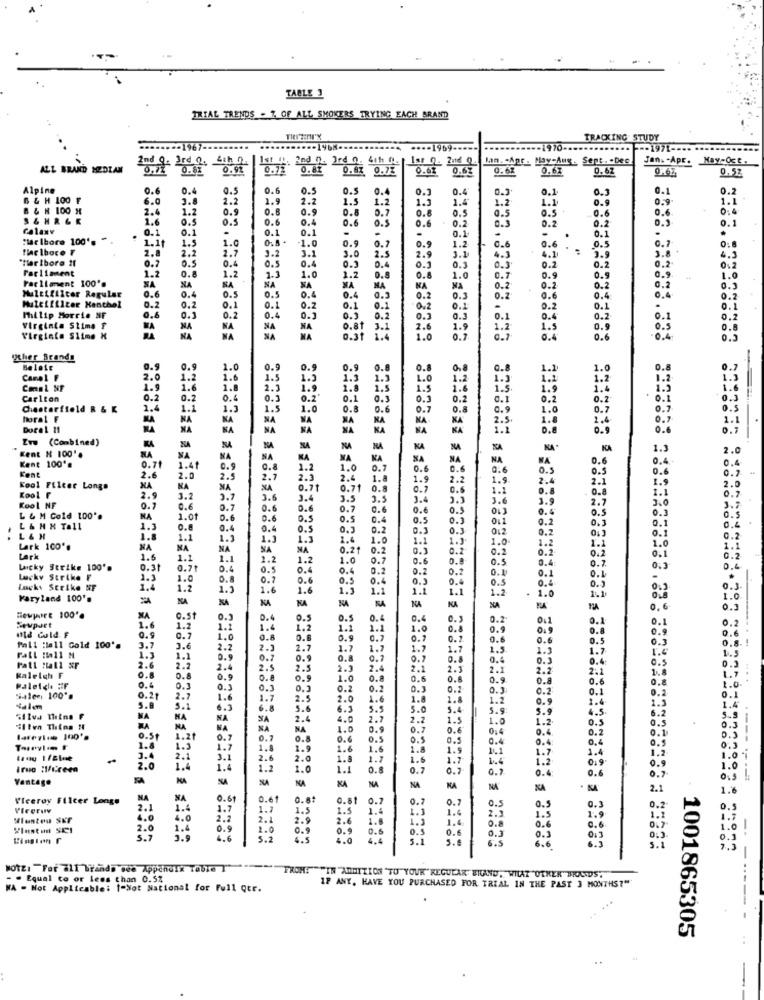
TABLE 3
TRIAL TRENDS . 7 OF ALL SMOKERS TRYING EACH BRAND
TREENI'X
TRACKING STUDY
.......- 1967 ----
...- 1969 --
--- 1971 -***
Man. . Apr . May-Aug - Sept. . Dec
Jan. - Apr. May-Oct.
ALL BRAND MEDLAN
2nd 9. 3rd 2. 21h 2
0.72
0.72
0.67
0.63 0.63
0.63
0.62
0.67
0.62
0.67
0.52
Alpine
0.6
0.4
0.3
0.6
0.5
0.5
0.4
0.3
0.4
0.1
0.1
0.2
6 & H 100 F
6.0
3.8
2.2
1.9
2.2
1.5
1.2
1.3
1.4
1.2
1.1
1.1
B & H 100 H
2.4
1.2
0.9
0.9
0.8
0.7
0.8
0.5
0.5
0.5
0.6
0:4
S& HRGE
1.6
0.5
0.5
0.6
0.4
0.6
O.S
0.6
0.2
0.3
0.2
0.2
0.1
Calaxv
0.1
0.1
0.1
.
0.1
0.1
"Mar Ibore 100's
1.1
0.1
1.5
-1.0
0.9
.
0.9
1.2
-
.
0.5
0.7
flac lhoce F
2.8
1.0
3.0
0.7
2.9
1.1
0.6
0.6
4.1
3.9
3.8
"Marlboro If
0.2
2.2
0.5
2.7
0.4
3.2
0.5
3.
2.5
0.1
4.3
0.2
4.1
Parliament
1.2
0.8
0.4
0.3
0.4
0.3
0.2
0.2
0.2
Parliament 100's
1.2
1.3
1.0
1.2
0.8
0.8
1.0
0.7
0.9
0.5
0.9
1.0
NA
0.6
NA
SA
NA
0.5
NA
MA
MA
MA
MA
0.2
0.2
0.2
0.2
0.3
Multifilter Regular
Muleifilter Menthol
0.4
0.5
0.4
0.4
0.9
0.2
0.3
0.2
0.6
0.4
0.4
0.2
0.2
0,2
0.1
0.1
0.2
0.1
0.1
0.2
0.1
-
0.2
0.1
0.1
Philip Morris NF
0.6
0.3
0.2
0.4
0.3
0.3
0.2
0.3
0.1
0.1
0.4
0.2
0.1
0.2
Virginia Stima T
WA
NA
SA
o.8t
3.1
2.6
1.9
1.2
1.5
0.9
0.8
Virginie Slime X
NA
NA
NA
0.31 1.4
1.0
0.7
0.4
0.6
0.4
0.5
Rher Brands
Balaie
0.9
0.9
1.0
0.9
0.9
0.9
0.8
0.8
1.1
1.0
0.8
0.7
Camel F
-
2.0
1.2
1.6
1.5
1.2
1.3
1.3
1.0
1.2
1.3
1.2
1.2
1.2
1.3
Conal NF
1.9
1.6
1.8
1.9
1.8
1.5
1.5
1.6
1.5.
1.9
1.6
1.2
1.6
Carlton
0.2
0.2
0.4
0.
0.2
0.1
0.3
0.3
0.2
0.1
0.2
0.7
$0.1
0.3
Chesterfield R & K
1.4
1.1
1.3
1.5
1.0
0.8
0.6
0.7
0.8
0.9
1.0
0.7
0.7
O.S
horal F
NA
NA
NA
NA
NA
KA
NA
KA
2.5.
1.8
2.4
0.7
1.1
Dorel 11
NA
NA
NA
KA
NA
KA
1.1
0.8
0.9
0.7
Evw (Combined)
Kent N 100".
NA
NA
NA
NA
NA
KA
NA'
KA
1.3
2.0
Kent 100's
NA
MA
NA
KA
NA
KA
NA
NA
NA
WA
0.6
0.4
0.4
Kent
0.71
1.44
0.9
0.8
1.2
1.0
0.1
0.6
0.6
0.5
0.5
0.6
0.2.
2.6
2.0
2.5
2.7
2.3
2.4
1.8
1.9
2.2
1.9
2.4
2.1
1.9
Kool Fileer Longa
NA
NA
NA
NA
0.71
0.71
0.8
0.1
0.6
1.1
0.8
0.8
2.0
0.7
Koo1 F
2.9
3.2
2.1
3.6
3.4
3.5
3.5
3.
3.6
1.9
2.7
1.1
3.0
Kool NF
0.7
0.6
0.6
0.6
0.7
0.6
0.6
0.3
013
0.5
0.3
3.7
L & M Cold 100".
NA
1.01
0.6
0.6
0.5
0.5
0.4
0.5
0.3
011
0.2
0.3
0.5
L & H X Tall
1.3
O.
0.4
0.4
0.5
0.3
0.2
0.3
0.3
012
0.2
0.1
0.1
0.4
L & H
1.8
1.1
1.2
1.3
1.3
1.6
1.0
1.
1.1
1.0
1.2
1.1
Lark 100'.
NA
NA
NA
NA
NA
0.21
0.2
0.1
0.2
0.2
0.2
0.2
0.1
1.0
1.1
Lark
1.6
1.1
1.1
2.2
1.2
1.0
0.7
0.6
0.8
0.5
0.4
0.2
0.
Lucky Strike 100 *.
0.31
0.71
0.4
0.5
0.4
0.4
0.2
0.2
0.2
0.11
0.1
0.1
0.4
Lucky Strike F
1.3
1.0
0.
0.7
0.6
0.5
0.
0.3
0.
0.
0.4
.
lucky Strike NF
1.4
1.2
1.1
1.6
1.6
1.2
1.1
1.1
1.1
1.
1.0
0.2
0.3
Maryland 100's
KA
KA
NA
MA
1.0
NA
0, 6
0.3
newport 100'.
NA
1.6
0.5t
0.
0.
0.5
0.
0.4
0.4
0.
0.2
0.1
0.1
0.1
0.2
Seupart
uld cold. F
1.2
1.
1.
1.2
1.2
1.1
1.0
0.
0.9
0.8
0.9
0.6
Q. S
1.0
0.8
0.6
0.9
0.7
0.7
0.2
0.6
0.6
0.5
0.3
0.8.
Fall Hall Gold 100'.
3.7
3.€
2.2
2.1
2.7
1.7
1.7
1.7
1.7
1.5
1.
1.7
1.6
1.5
1.1
0.9
0.2
0.9
0.8
0.
0.7
0.8
0.
0.3
0.4
O.S
Pall Mall xr
2.6
O ..
2.2
2.
2.5
2.5
2.)
2.4
2.
2.1
2.1
2.2
2.1
1.8
Kaleigh F
0.8
0.9
o.8
0.9
1.0
0.8
0.6
0.8
0.9
0.8
0.6
0.8
1.7
Paletgle #F
-
0.
0.2
0.3
0.3
0.2
0.2
0.3
0.2
0.3
0.2
0.1
0.2.
1.0
"ilem, 100".
0.21
2.
1.6
1.7
2.5
2.0
1.6
1.8
1.8
1.2
1.4
1.3
0.1
5.8
5.1
6.3
6.8
5.6
6.3
5.5
3.0
5.4
5.9
5.9
4.5
6.2
1.4
NA
NA
NA
SA
2.4
4.0
2.7
2.2
1.5
1.0
1.2
0.5
0.5
ilten Thing NI
NA
NA
NA
NA
1.0
0.9
0.7
0.6
0:4
0.4.
0.3
0.51
1.20
0.7
0.7
0.8
0.6
0.5
0.5
0.
0.4
0.4
0.5
0.3
1.8
1.3
1.7
1.8
1.9
1.6
1.6
1.8
1.9
1.7
1.4
0,3
1.0 *
3.4
2.1
2.
2.0
1.8
1.7
1.6
1.7
1.2
0.9
1.2
0.9
Iruo :V/Green
2.0
1.4
1.4
1.2
1.0
1.1
0.8
0.7
0.7
0.7
0.4
0.6
1.0
Vantage
KA
5
NA
KA
0.7
0.5
---- ----
NA
NA
KA
NA
2.1
1.6
Viceroy Flicer Longs
NA
NA
0.61
0.61
0.0+
0.81
0.7
0.7
0.7
0.
0.2
Vlrgruv
2.1
1.4
1.1
1.7
1.5
1.5
1.4
1.1
1.4
2.3
0.5
1.5
0.3
1.9
0.5
4.0
4.0
2.5
2.1
2.9
2.6
1.8
1.3
1.4
0.8
0.6
0.6
1.
2.0
1.4
0.9
1.0
0.9
0.6
0.5
0.6
0.3
0.3
1.0
5.7
3.9
6.6
5.2
4.5
4.0
4.4
5.1
5.0
6.5
6.6
013
6.1
5.1
MOTZ: "For all brands see Appchoix Table I""
- - Equal to or less than 0.52
FROM: ""IN ADDITION TO YOUR" REGULAR" BIGAND, WILAZ "OTHER MHOWDS.
IF ANY, HAVE YOU PURCHASED FOR TRIAL IN THE PAST 3 MONTHS?"
WA - Not Applicable: |-Not National for Full Qtr.
1001865305